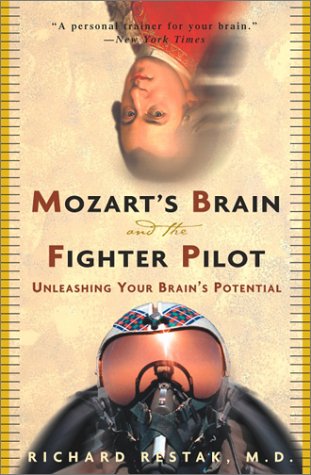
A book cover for Mozart's Brain and the Fighter Pilot: Unleashing Your Brain's Potential; Richard Restak; Self-Help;